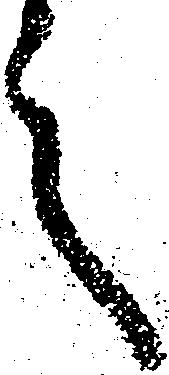
言